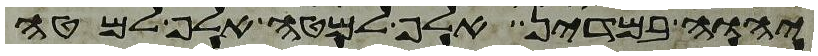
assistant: יהוה במדין אלף למטה אלף למטה